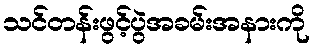
သင်တန်းဖွင့်ပွဲအခမ်းအနားကို